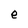
Character: e